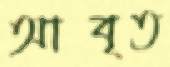
আবৃত